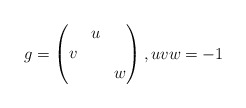
\begin{align*}g=\begin{pmatrix}&u&\\v&&\\&&w\end{pmatrix},uvw=-1\end{align*}